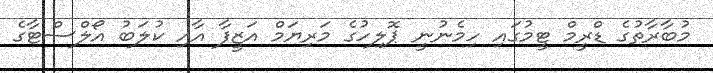
މުބާރާތުގެ ޑްރީމް ޓީމުގައި ހިމެނުނީ ޕޮލިހުގެ މަރިޔަމް އަޒީފާ އާއި ކުލަބު އޯލްސްޓާގެ